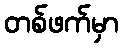
တစ်ဖက်မှာ